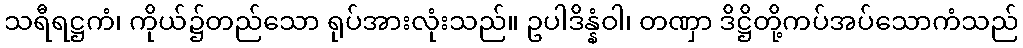
သရီရဋ္ဌကံ၊ ကိုယ်၌တည်သော ရုပ်အားလုံးသည်။ ဥပါဒိန္နံဝါ၊ တဏှာ ဒိဋ္ဌိတို့ကပ်အပ်သောကံသည်